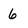
Character: 6